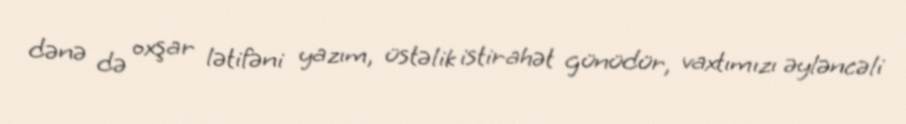
dənə də oxşar lətifəni yazım, üstəlik istirahət günüdür, vaxtımızı əyləncəli